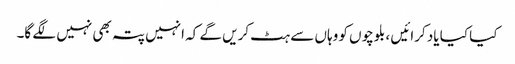
کیا کیا یاد کرائیں ، بلوچوں کو وہاں سے ہٹ کریں گے کہ انہیں پتہ بھی نہیں لگے گا۔